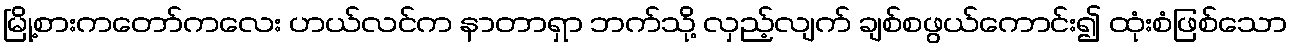
မြို့စားကတော်ကလေး ဟယ်လင်က နာတာရှာ ဘက်သို့ လှည့်လျက် ချစ်စဖွယ်ကောင်း၍ ထုံးစံဖြစ်သော